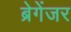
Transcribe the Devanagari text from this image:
ब्रेगेंजर